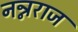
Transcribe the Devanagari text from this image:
नन्नराज